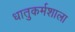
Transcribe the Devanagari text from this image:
धातुकर्मशाला